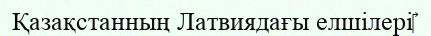
Қазақстанның Латвиядағы елшілері‎